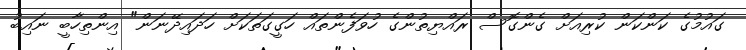
ގައުމުގެ ކަންކަން ކުރިއަށް ގެންގޮސް ރައްޔިތުންގެ ހުވަފެންތައް ހަގީގަތަކަށް ހަދައިދޭނަން" އިންތިހާބީ ނައިބު